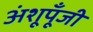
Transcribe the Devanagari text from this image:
अंशूपूँजी